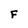
Character: F